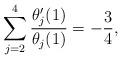
LaTeX: \begin{align*}\sum_{j=2}^4 \frac{\theta_j'(1)}{\theta_j(1)} = -\frac{3}{4},\end{align*}